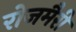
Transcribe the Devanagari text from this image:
रोजमैरी